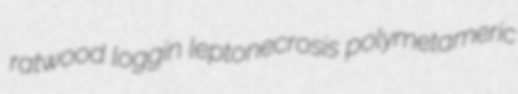
ratwood loggin leptonecrosis polymetameric